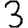
Digit: 3